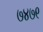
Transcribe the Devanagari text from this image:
७४७९